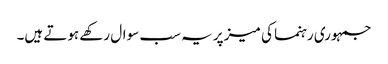
جمہوری رہنما کی میز پر یہ سب سوال رکھے ہوتے ہیں۔